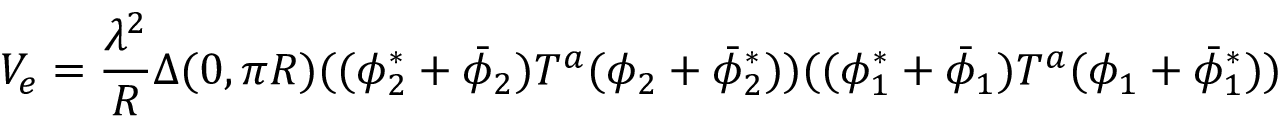
V _ { e } = { \frac { \lambda ^ { 2 } } { R } } \Delta ( 0 , \pi R ) ( ( \phi _ { 2 } ^ { * } + \bar { \phi } _ { 2 } ) T ^ { a } ( \phi _ { 2 } + \bar { \phi } _ { 2 } ^ { * } ) ) ( ( \phi _ { 1 } ^ { * } + \bar { \phi } _ { 1 } ) T ^ { a } ( \phi _ { 1 } + \bar { \phi } _ { 1 } ^ { * } ) )